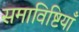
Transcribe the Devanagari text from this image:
समाविष्टियाँ